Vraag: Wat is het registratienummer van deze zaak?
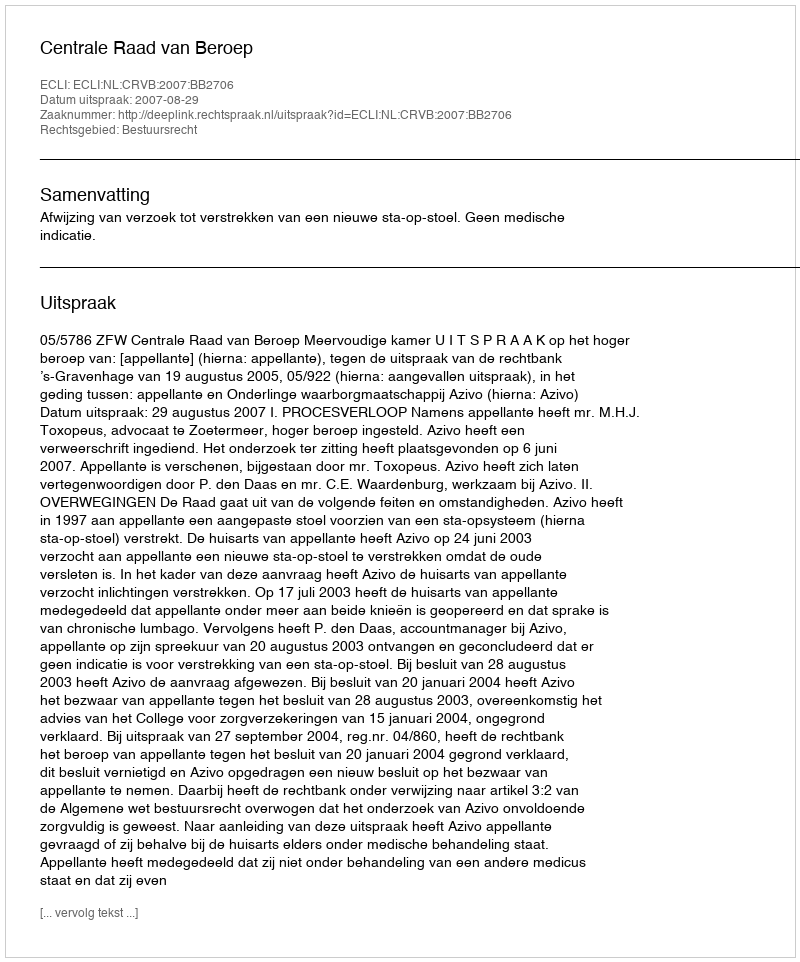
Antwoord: http://deeplink.rechtspraak.nl/uitspraak?id=ECLI:NL:CRVB:2007:BB2706